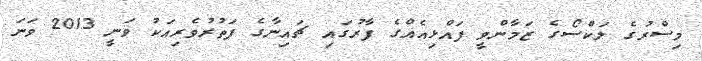
މިސްރުގެ ލަކްސޯގެ ޒަމާންވީ ފައްޅިއެއްގެ ފާރުގައި ޗައިނާގެ ފަތުރުވެރިއަކު ވަނީ 2013 ވަނަ